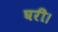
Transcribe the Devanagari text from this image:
घरी।